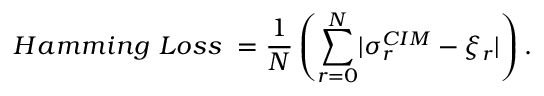
H a m m i n g \ L o s s \ = \frac { 1 } { N } \left( \sum _ { r = 0 } ^ { N } \lvert \sigma _ { r } ^ { C I M } - \xi _ { r } \rvert \right) .